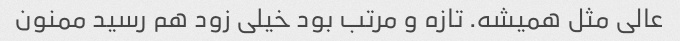
عالی مثل همیشه. تازه و مرتب بود خیلی زود هم رسید ممنون